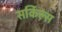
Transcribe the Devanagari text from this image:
सर्किल्स